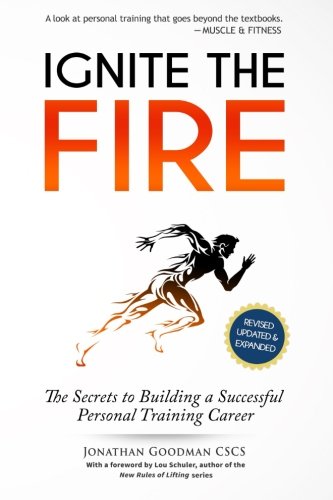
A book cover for Ignite the Fire: The Secrets to Building a Successful Personal Training Career (Revised, Updated, and Expanded); Jonathan Goodman; Business & Money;